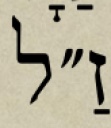
זַ״ל